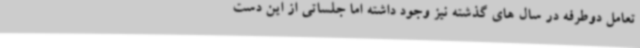
تعامل دوطرفه در سال های گذشته نیز وجود داشته اما جلساتی از این دست